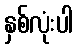
နှစ်လုံးပါ